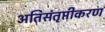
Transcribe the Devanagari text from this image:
अतिसंतृप्तीकरण